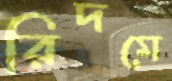
রিদমে